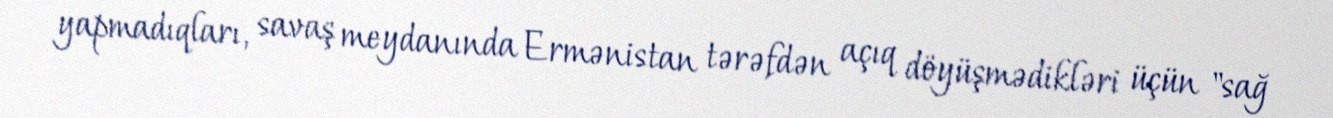
yapmadıqları, savaş meydanında Ermənistan tərəfdən açıq döyüşmədikləri üçün "sağ